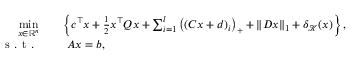
\begin{array} { r l } { \underset { x \in \mathbb { R } ^ { n } } { \mathrm { m i n } } } & { \quad \left\{ c ^ { \top } x + \frac { 1 } { 2 } x ^ { \top } Q x + \sum _ { i = 1 } ^ { l } \left( \left( C x + d \right) _ { i } \right) _ { + } + \| D x \| _ { 1 } + \delta _ { \mathcal { K } } ( x ) \right\} , } \\ { \textnormal { s . t . } } & { \quad \ A x = b , } \end{array}